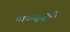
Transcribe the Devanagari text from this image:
पाकसुज़ुकी